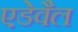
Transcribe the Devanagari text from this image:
एडेवैल